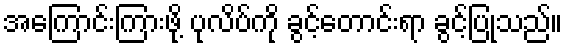
အကြောင်းကြားဖို့ ပုလိပ်ကို ခွင့်တောင်းရာ ခွင့်ပြုသည်။